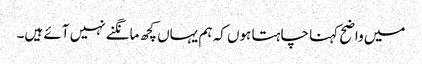
میں واضح کہنا چاہتا ہوں کہ ہم یہاں کچھ مانگنے نہیں آئے ہیں۔